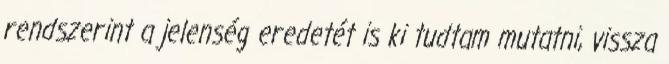
rendszerint a jelenség eredetét is ki tudtam mutatni, vissza